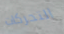
التحركات